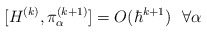
\begin{align*} [H^{(k)}, \pi^{(k+1)}_\alpha] = O(\hbar^{k+1}) ~~ \forall \alpha\end{align*}